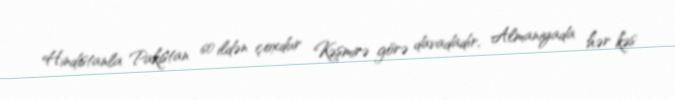
Hindistanla Pakistan 60 ildən çoxdur Kəşmirə görə davadadır, Almaniyada hər kəs